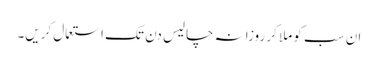
ان سب کو ملا کر روزانہ چالیس دن تک استعمال کریں۔